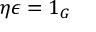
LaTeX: \eta \epsilon = 1 _ { G }